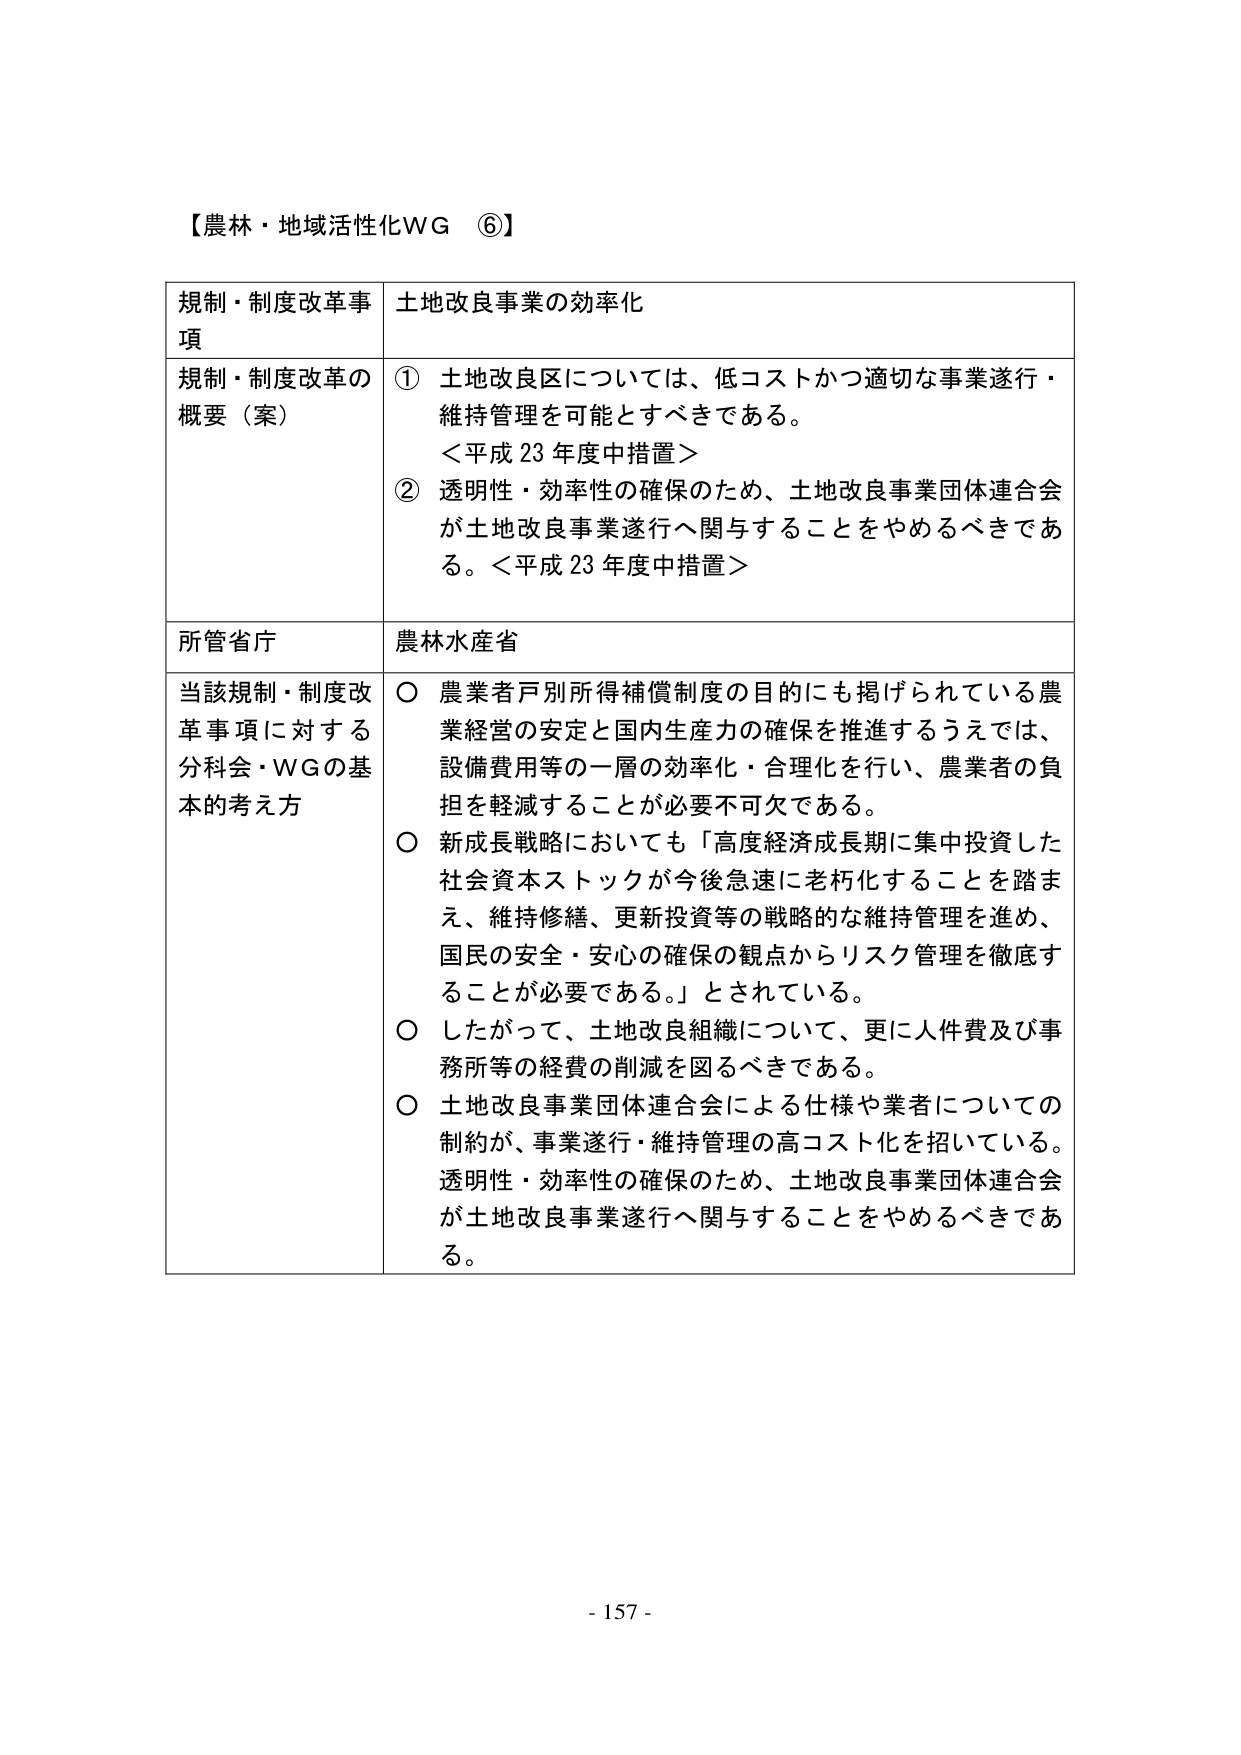
【農林・地域活性化WG ⑥】

規制・制度改革事項　土地改良事業の効率化

規制・制度改革の概要（案）
① 土地改良区については、低コストかつ適切な事業遂行・維持管理を可能とすべきである。
＜平成23年度中措置＞
② 透明性・効率性の確保のため、土地改良事業団体連合会が土地改良事業遂行へ関与することをやめるべきである。＜平成23年度中措置＞

所管省庁　農林水産省

当該規制・制度改革事項に対する分科会・WGの基本的考え方
○ 農業者戸別所得補償制度の目的にも掲げられている農業経営の安定と国内生産力の確保を推進するうえでは、設備費用等の一層の効率化・合理化を行い、農業者の負担を軽減することが必要不可欠である。
○ 新成長戦略においても「高度経済成長期に集中投資した社会資本ストックが今後急速に老朽化することを踏まえ、維持修繕、更新投資等の戦略的な維持管理を進め、国民の安全・安心の確保の観点からリスク管理を徹底することが必要である。」とされている。
○ したがって、土地改良組織について、更に人件費及び事務所等の経費の削減を図るべきである。
○ 土地改良事業団体連合会による仕様や業者についての制約が、事業遂行・維持管理の高コスト化を招いている。透明性・効率性の確保のため、土地改良事業団体連合会が土地改良事業遂行へ関与することをやめるべきである。

- 157 -